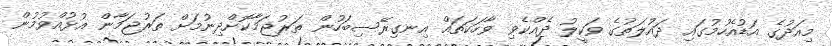
މިއަދުގެ އަޑުއެހުމުގައި ދައުލަތުގެ ވަކީލު ދެއްކެވި ވާހަކަތައް އިނގިރޭސިބަހުން ތަރުޖަމާކޮށްދިނުމަށް ތަރުޖަމާން އުޅުއްވުމުން